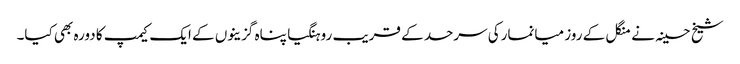
شیخ حسینہ نے منگل کے روز میانمارکی سرحد کے قریب روہنگیا پناہ گزینوں کے ایک کیمپ کا دورہ بھی کیا۔